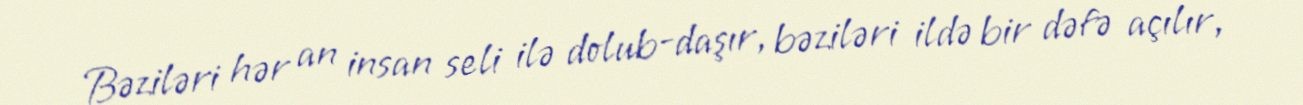
Bəziləri hər an insan seli ilə dolub-daşır, bəziləri ildə bir dəfə açılır,